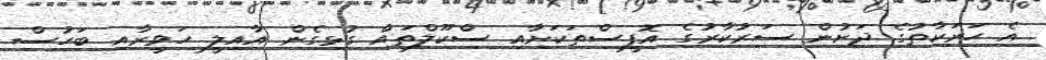
އެ ހަރަކާތުގެ ދަށުން ސަރުކާރުގެ އޮފީސްތަކަށާއި ސްކޫލްތައް ގުޅިގެން އާއިލީ ހަވީރާއި ބަހުސް